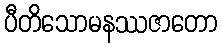
ပီတိသောမနဿဇာတော